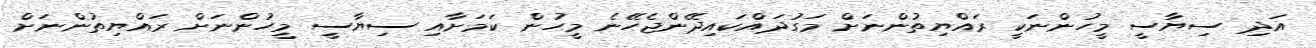
އަދި ސިޔާސީ މީހުންނަކީ ރައްޔިތުންނަށް މަގުދައްކައިދޭންޖެހޭނެ މީހުން ކަމަށާއި ސިޔާސީ މީހުންނަށް ރައްޔިތުންނަށް